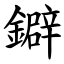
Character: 鐴